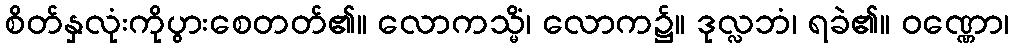
စိတ်နှလုံးကိုပွားစေတတ်၏။ လောကသ္မိံ၊ လောက၌။ ဒုလ္လဘံ၊ ရခဲ၏။ ဝဏ္ဏော၊